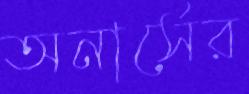
অনার্সের